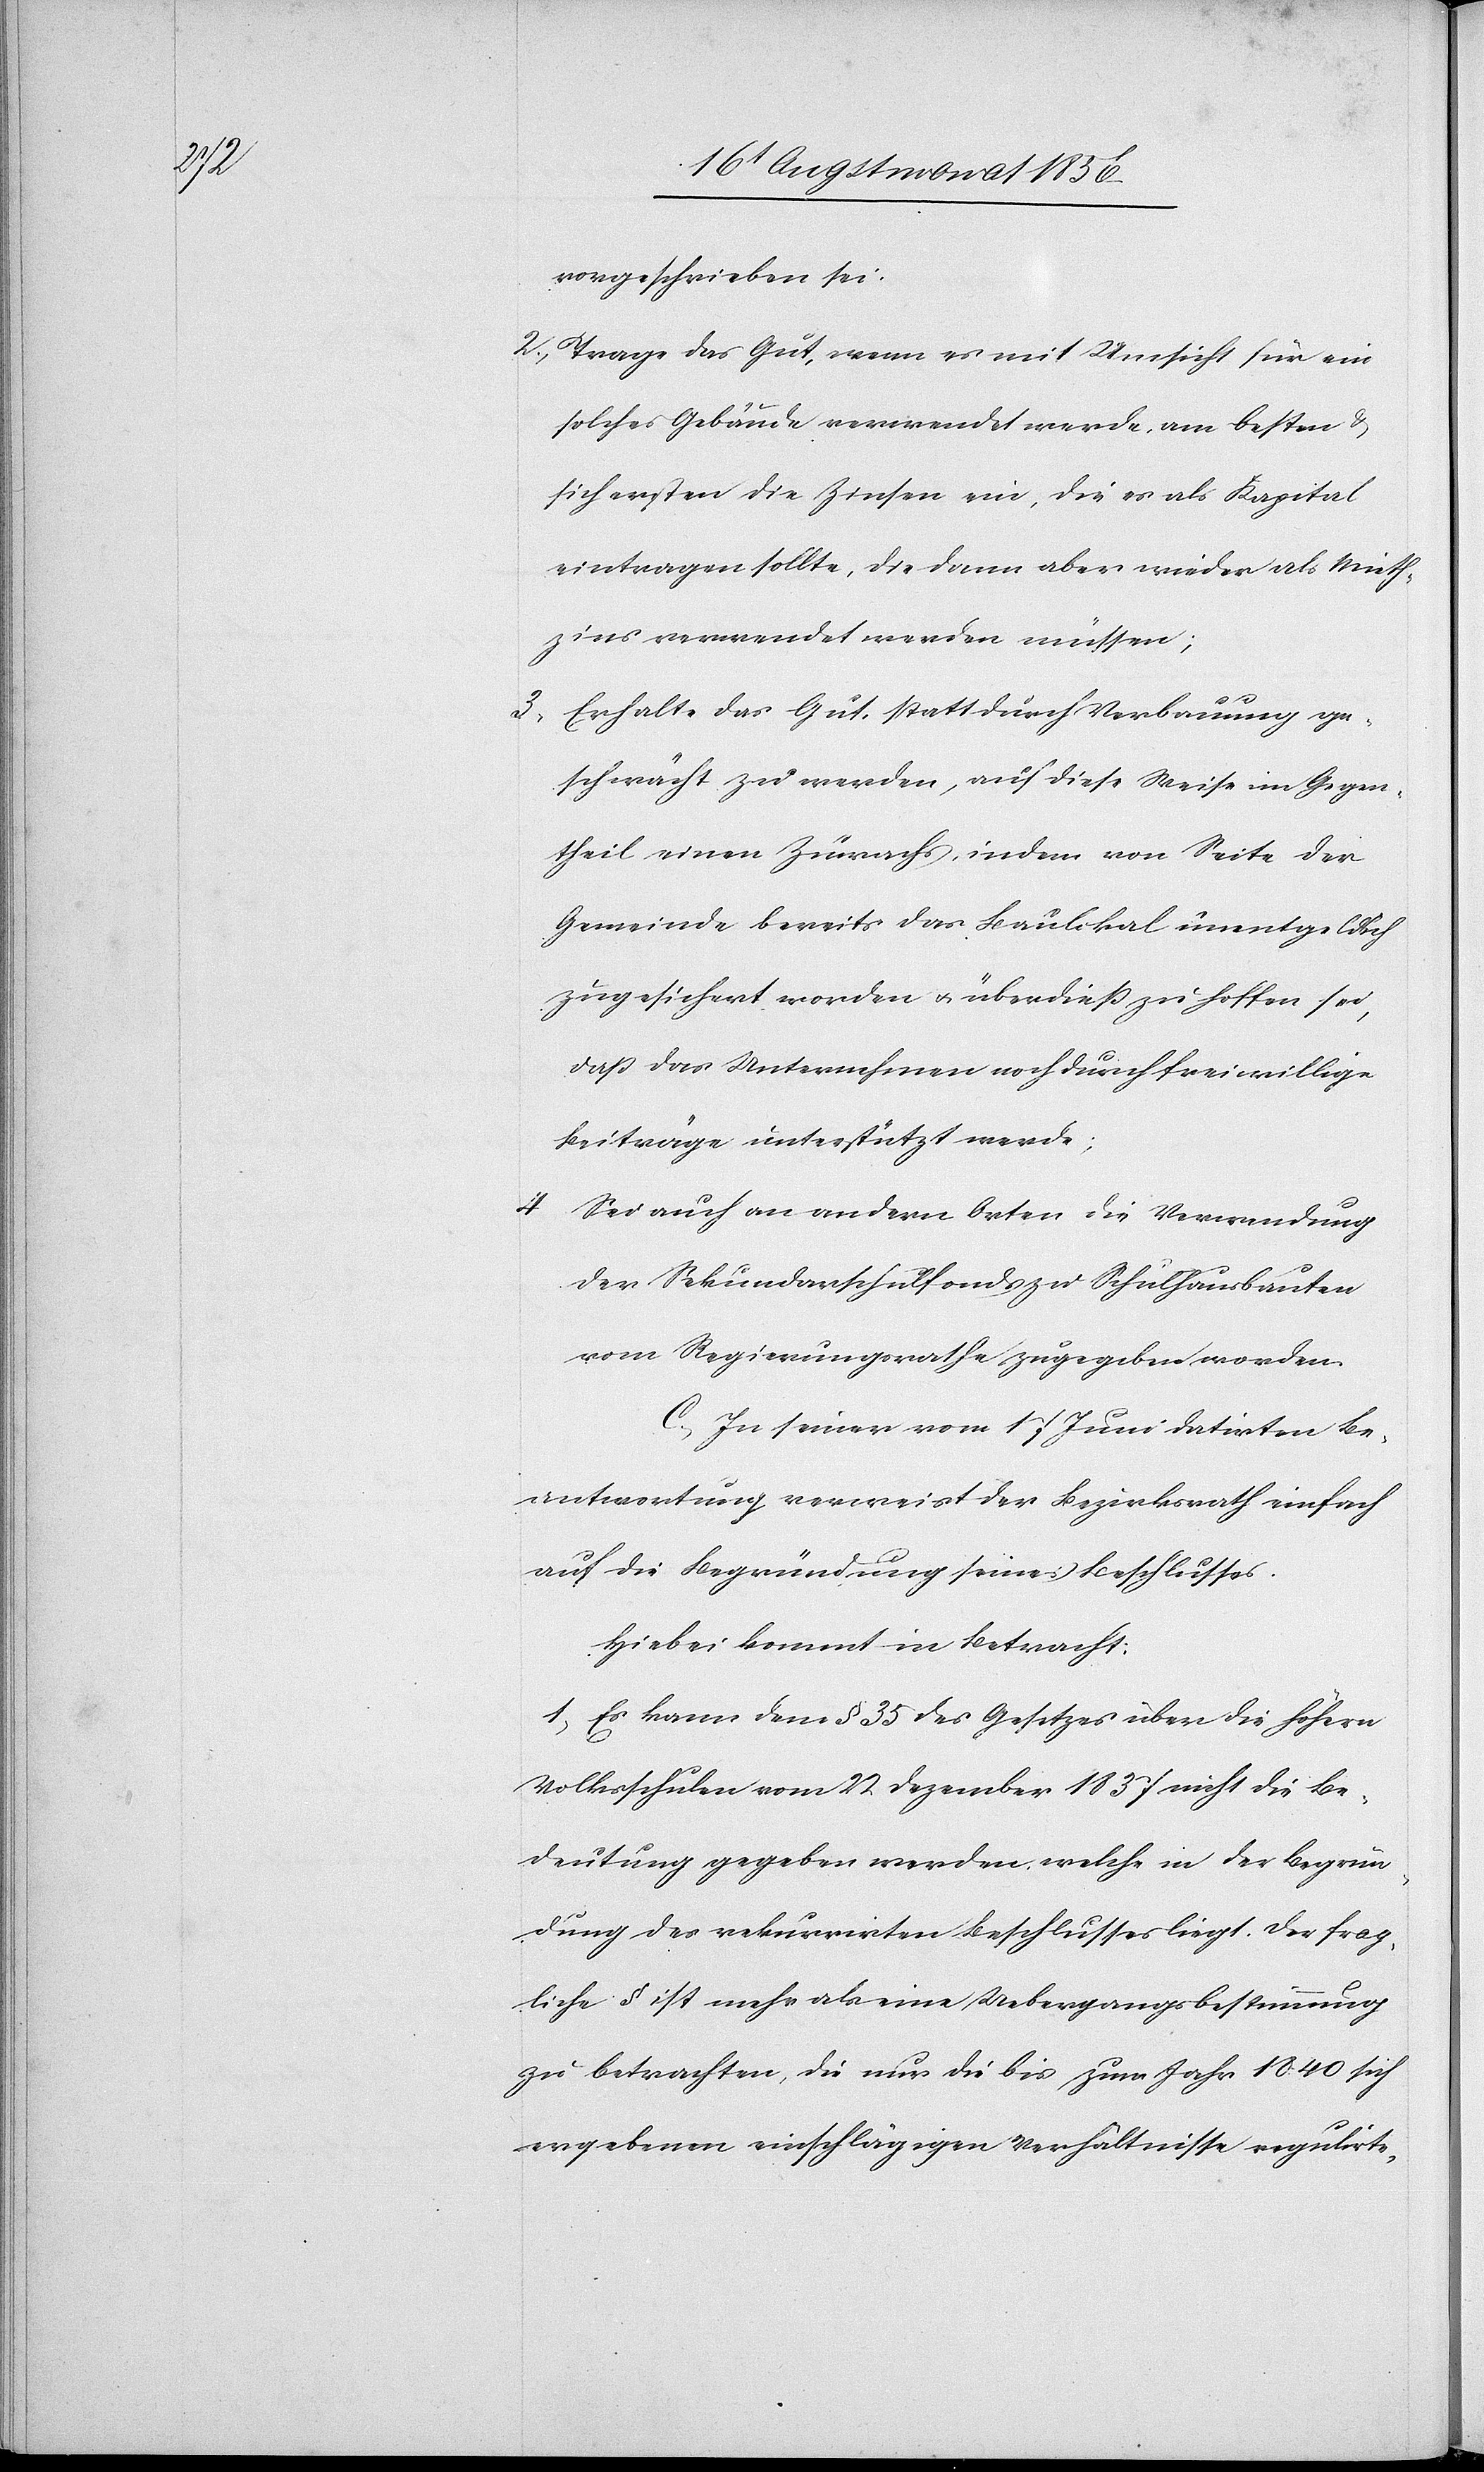
vorgeschrieben sei.
2.) Trage das Gut, wenn es mit Umsicht für ein
solches Gebäude verwendet werde, am besten &
sichersten die Zinsen ein, die es als Kapital
eintragen sollte, die dann aber wieder als Mieth¬
zins verwendet werden müssen;
3.) Erhalte das Gut, statt durch Verbauung ge¬
schwächt zu werden, auf diese Weise im Gegen¬
theil einen Zuwachs, indem von Seite der
Gemeinde bereits das Baulokal unentgeldlich
zugesichert worden u. überdiess zu hoffen sei,
dass das Unternehmen noch durch freiwillige
Beiträge unterstützt werde;
4.) Sei auch an andern Orten die Verwendung
der Sekundarschulfonds zu Schulhausbauten
vom Regierungsrathe zugegeben worden.
C.) In seiner vom 17 Juni datirten Be¬
antwortung verweist der Bezirksrath einfach
auf die Begründung seines Beschlusses.
Hiebei kommt in Betracht:
1.) Es kann dem § 35 des Gesetzes über die höhern
Volksschulen vom 22 Dezember 1837 nicht die Be¬
deutung gegeben werden, welche in der Begrün¬
dung des rekurrirten Beschlusses liegt. Der frag¬
liche § ist mehr als eine Uebergangsbestimmung
zu betrachten, die nur die bis zum Jahr 1840 sich
ergebenen einschlägigen Verhältnisse regulirte,